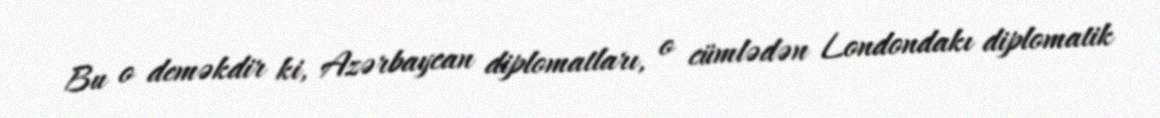
Bu o deməkdir ki, Azərbaycan diplomatları, o cümlədən Londondakı diplomatik